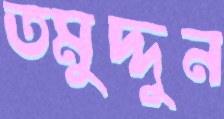
তমুদ্দুন